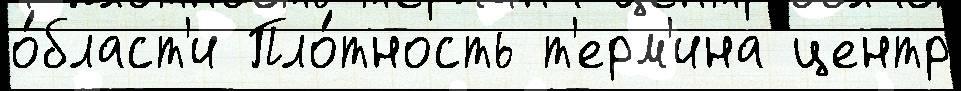
о́бласт'и Пло́тность т'ерм'ина центр